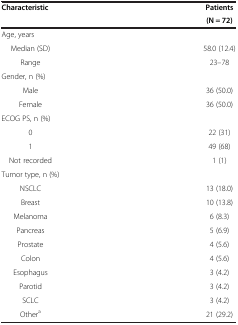
| Characteristic | Patients |
 |  | (N = 72) |
 | --- | --- |
 | Age, years |  |
 | Median (SD) | 58.0 (12.4) |
 | Range | 23–78 |
 | Gender, n (%) |  |
 | Male | 36 (50.0) |
 | Female | 36 (50.0) |
 | ECOG PS, n (%) |  |
 | 0 | 22 (31) |
 | 1 | 49 (68) |
 | Not recorded | 1 (1) |
 | Tumor type, n (%) |  |
 | NSCLC | 13 (18.0) |
 | Breast | 10 (13.8) |
 | Melanoma | 6 (8.3) |
 | Pancreas | 5 (6.9) |
 | Prostate | 4 (5.6) |
 | Colon | 4 (5.6) |
 | Esophagus | 3 (4.2) |
 | Parotid | 3 (4.2) |
 | SCLC | 3 (4.2) |
 | Othera | 21 (29.2) |